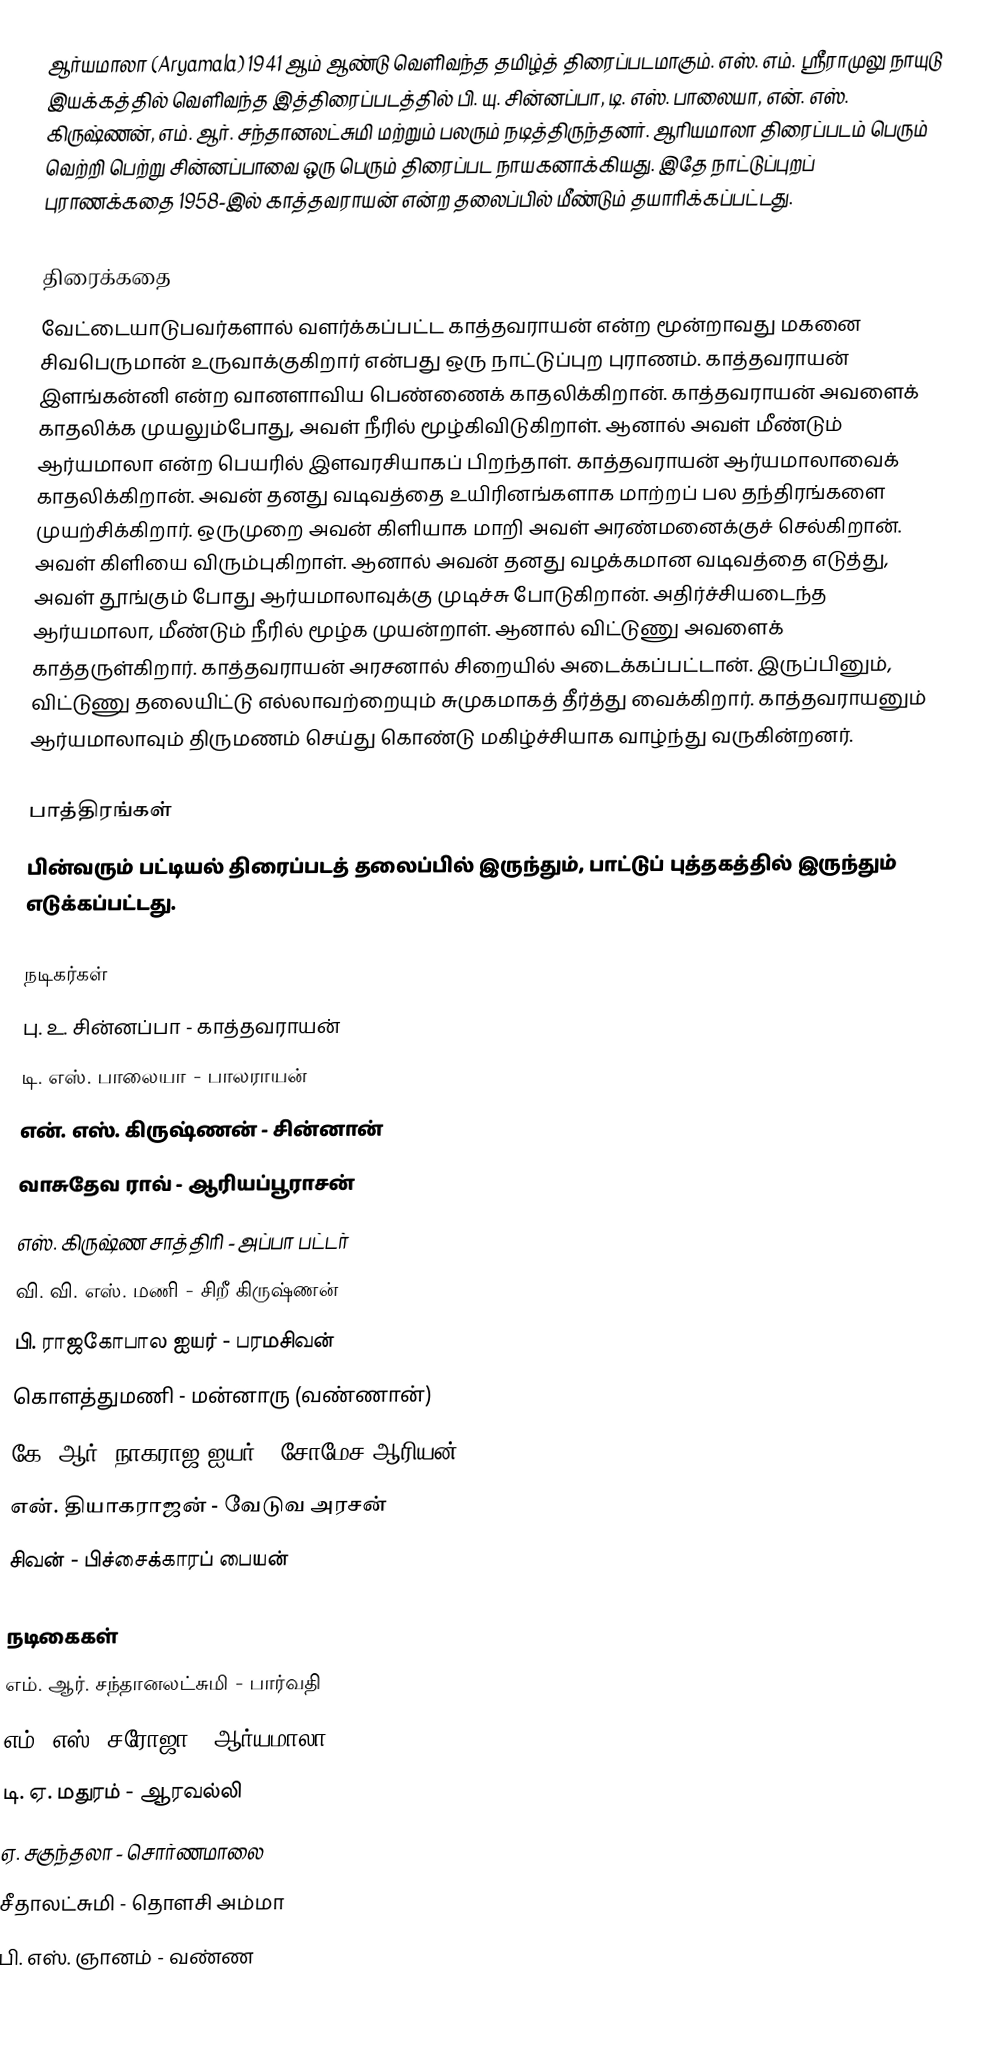
ஆர்யமாலா (Aryamala) 1941 ஆம் ஆண்டு வெளிவந்த தமிழ்த் திரைப்படமாகும். எஸ். எம். ஸ்ரீராமுலு நாயுடு இயக்கத்தில் வெளிவந்த இத்திரைப்படத்தில் பி. யு. சின்னப்பா, டி. எஸ். பாலையா, என். எஸ். கிருஷ்ணன், எம். ஆர். சந்தானலட்சுமி மற்றும் பலரும் நடித்திருந்தனர். ஆரியமாலா திரைப்படம் பெரும் வெற்றி பெற்று சின்னப்பாவை ஒரு பெரும் திரைப்பட நாயகனாக்கியது. இதே நாட்டுப்புறப் புராணக்கதை 1958-இல் காத்தவராயன் என்ற தலைப்பில் மீண்டும் தயாரிக்கப்பட்டது.

திரைக்கதை
வேட்டையாடுபவர்களால் வளர்க்கப்பட்ட காத்தவராயன் என்ற மூன்றாவது மகனை சிவபெருமான் உருவாக்குகிறார் என்பது ஒரு நாட்டுப்புற புராணம். காத்தவராயன் இளங்கன்னி என்ற வானளாவிய பெண்ணைக் காதலிக்கிறான். காத்தவராயன் அவளைக் காதலிக்க முயலும்போது, அவள் நீரில் மூழ்கிவிடுகிறாள். ஆனால் அவள் மீண்டும் ஆர்யமாலா என்ற பெயரில் இளவரசியாகப் பிறந்தாள். காத்தவராயன் ஆர்யமாலாவைக் காதலிக்கிறான். அவன் தனது வடிவத்தை உயிரினங்களாக மாற்றப் பல தந்திரங்களை முயற்சிக்கிறார். ஒருமுறை அவன் கிளியாக மாறி அவள் அரண்மனைக்குச் செல்கிறான். அவள் கிளியை விரும்புகிறாள். ஆனால் அவன் தனது வழக்கமான வடிவத்தை எடுத்து, அவள் தூங்கும் போது ஆர்யமாலாவுக்கு முடிச்சு போடுகிறான். அதிர்ச்சியடைந்த ஆர்யமாலா, மீண்டும் நீரில் மூழ்க முயன்றாள். ஆனால் விட்டுணு அவளைக் காத்தருள்கிறார். காத்தவராயன் அரசனால் சிறையில் அடைக்கப்பட்டான். இருப்பினும், விட்டுணு தலையிட்டு எல்லாவற்றையும் சுமுகமாகத் தீர்த்து வைக்கிறார். காத்தவராயனும் ஆர்யமாலாவும் திருமணம் செய்து கொண்டு மகிழ்ச்சியாக வாழ்ந்து வருகின்றனர்.

பாத்திரங்கள்
பின்வரும் பட்டியல் திரைப்படத் தலைப்பில் இருந்தும், பாட்டுப் புத்தகத்தில் இருந்தும் எடுக்கப்பட்டது.

நடிகர்கள்
பு. உ. சின்னப்பா - காத்தவராயன்
டி. எஸ். பாலையா - பாலராயன்
என். எஸ். கிருஷ்ணன் - சின்னான்
வாசுதேவ ராவ்  - ஆரியப்பூராசன்
எஸ். கிருஷ்ண சாத்திரி - அப்பா பட்டர்
வி. வி. எஸ். மணி - சிறீ கிருஷ்ணன்
பி. ராஜகோபால ஐயர் - பரமசிவன்
கொளத்துமணி - மன்னாரு (வண்ணான்)
கே. ஆர். நாகராஜ ஐயர் - சோமேச ஆரியன்
என். தியாகராஜன்  - வேடுவ அரசன்
சிவன் - பிச்சைக்காரப் பையன்

நடிகைகள்
எம். ஆர். சந்தானலட்சுமி - பார்வதி
எம். எஸ். சரோஜா - ஆர்யமாலா
டி. ஏ. மதுரம் - ஆரவல்லி
ஏ. சகுந்தலா - சொர்ணமாலை
சீதாலட்சுமி - தொளசி அம்மா
பி. எஸ். ஞானம் - வண்ண